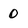
Character: 0